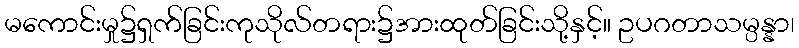
မကောင်းမှု၌ရှက်ခြင်းကုသိုလ်တရား၌အားထုတ်ခြင်းသို့နှင့်။ ဥပဂတာသမ္ပန္နာ၊